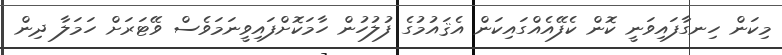
މިކަން ހިނގާފައިވަނީ ކޮން ކެފޭއެއްގައިކަން އެޤައުމުގެ ފުލުހުން ހާމަކޮށްފައިވީނަމަވެސް ވޭޓަރަށް ހަމަލާ ދިން